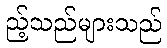
ည့်သည်များသည်